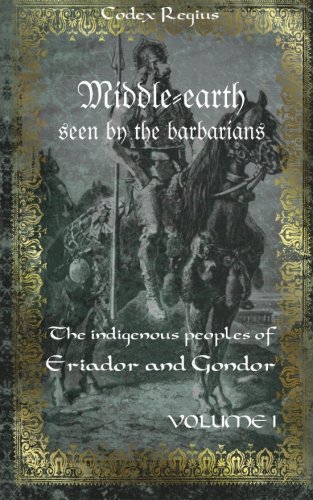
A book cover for Middle-earth seen by the barbarians, Vol. 1: The indigenous peoples of Eriador and Gondor (Volume 1); Codex Regius; Law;